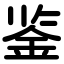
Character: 鉴